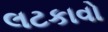
લટકાવો